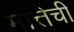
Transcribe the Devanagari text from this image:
मात्तेची